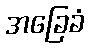
အခြေခံ